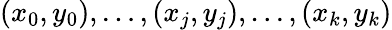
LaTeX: (x_{0},y_{0}),\ldots,(x_{j},y_{j}),\ldots,(x_{k},y_{k})